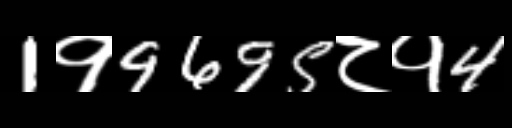
Text: 1१9695८१4